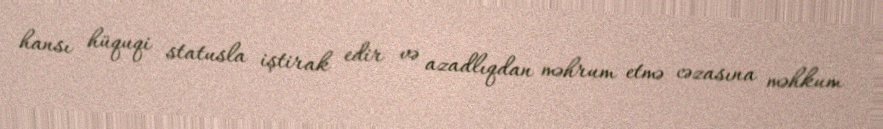
hansı hüquqi statusla iştirak edir və azadlıqdan məhrum etmə cəzasına məhkum